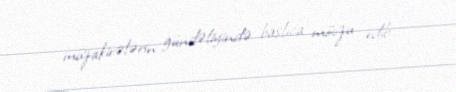
müzakirələrin gündəliyində başlıca mövzu edib.